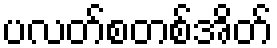
ပလတ်စတစ်အိတ်